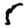
Digit: 5